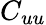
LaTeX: C_{uu}